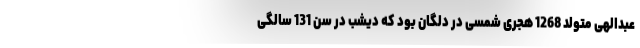
عبدالهی متولد 1268 هجری شمسی در دلگان بود که دیشب در سن 131 سالگی